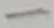
Text: -